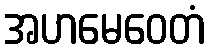
အဟမေဝေတံ